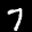
Label: 7